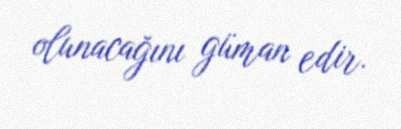
olunacağını güman edir.